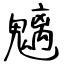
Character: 魑